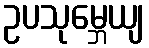
ဥပသုမ္ဘေယျ